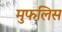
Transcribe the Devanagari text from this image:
मुफलिस